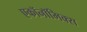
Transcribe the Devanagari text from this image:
एकॉनॉमिक्स